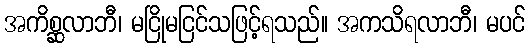
အကိစ္ဆလာဘီ၊ မငြိုမငြင်သဖြင့်ရသည်။ အကသိရလာဘီ၊ မပင်